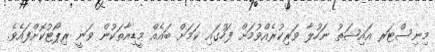
މިނިސްޓަރ އައިޝަތު ނަހުލާ ވަރިކުރެއްވުމަށް ފަހުގައި ކަމަށް ބައެއް މީޑިއާތަކުން ވަނީ ރިޕޯޓުކޮށްފައެވެ.